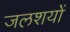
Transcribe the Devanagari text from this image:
जलशयों